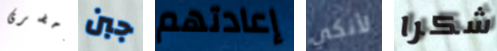
أحضرى جبن إعادتهم لأنكي شكرا